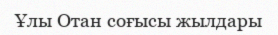
Ұлы Отан соғысы жылдары